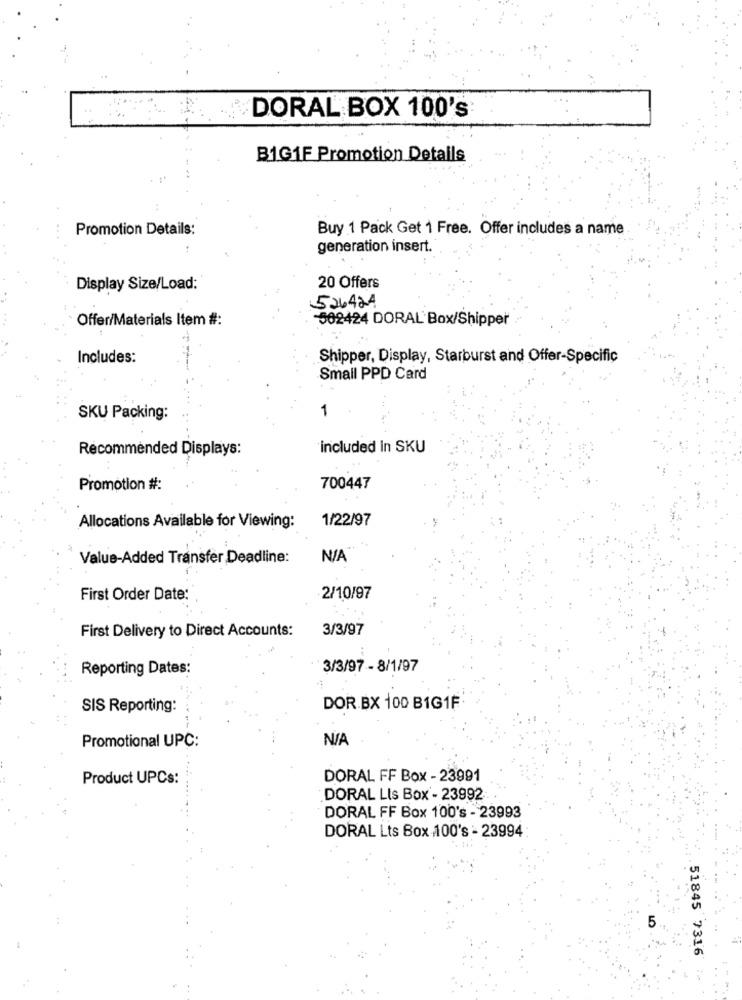
DORAL BOX 100's
B1G1F Promotion Details
Promotion Details:
Buy 1 Pack Get 1 Free. Offer includes a name
generation insert.
Display Size/Load:
20 Offers
526424
Offer/Materials Item #:
502424 DORAL'Box/Shipper
Includes:
Shipper, Display, Starburst and Offer-Specific
Small PPD Card
1
SKU Packing:
Recommended Displays:
included in SKU
Promotion #:
700447
1/22/97
Allocations Available for Viewing:
Value-Added Transfer Deadline:
First Order Date:
2/10/97
First Delivery to Direct Accounts:
3/3/97
Reporting Dates:
3/3/97 - 8/1/97
SIS Reporting:
DOR.BX 100 B1G1F
Promotional UPC:
Product UPCs:
DORAL FF Box - 23991
DORAL LIs Box - 23992
DORAL FF Box 100's - 23993
DORAL Lts Box 100's - 23994
5
51845 7316